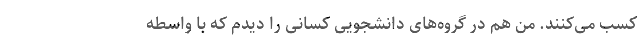
کسب می‌کنند. من هم در گروه‌های دانشجویی کسانی را دیدم که با واسطه